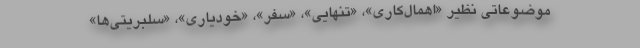
موضوعاتی نظیر «اهمال‌کاری»، «تنهایی»، «سفر»، «خودیاری»، «سلبریتی‌ها»